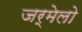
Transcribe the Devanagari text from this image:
जर्मेलो